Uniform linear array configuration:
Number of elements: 24
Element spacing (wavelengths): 0.5
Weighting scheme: exponential
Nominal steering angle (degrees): -45
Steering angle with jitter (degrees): -43.919
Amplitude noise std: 0.05
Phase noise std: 0.05

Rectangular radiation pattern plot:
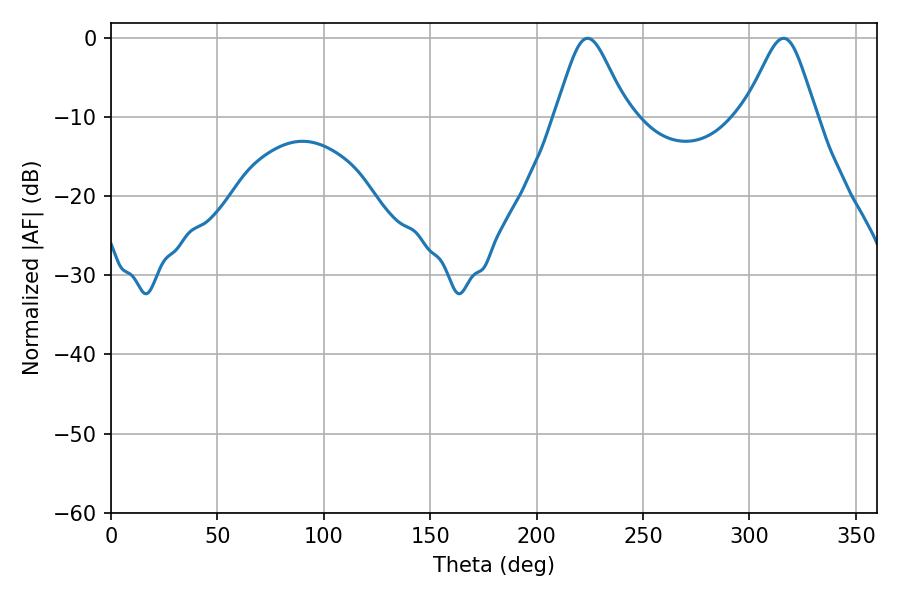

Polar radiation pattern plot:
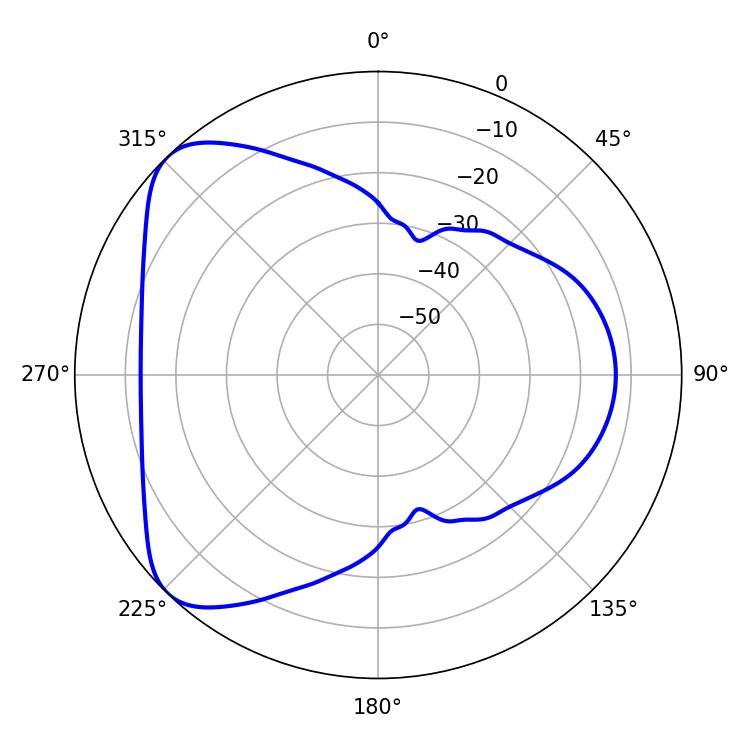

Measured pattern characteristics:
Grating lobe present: FALSE
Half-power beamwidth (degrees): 16.38
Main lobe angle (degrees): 223.92